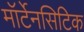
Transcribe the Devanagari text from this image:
मॉर्टेनसिटिक